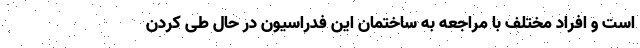
است و افراد مختلف با مراجعه به ساختمان این فدراسیون در حال طی کردن